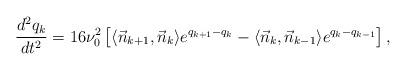
LaTeX: \begin{align*}{d^2q _k \over dt^2 } = 16\nu _0^2 \left[ \langle\vec{n}_{k+1}, \vec{n}_k\rangle e^{q_{k+1}-q_{k}} - \langle\vec{n}_{k},\vec{n}_{k-1}\rangle e^{q_{k}-q_{k-1}} \right],\end{align*}